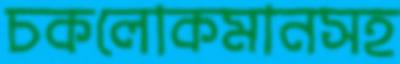
চকলোকমানসহ